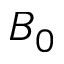
B _ { 0 }